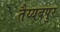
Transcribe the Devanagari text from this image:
तैय्यबपुर